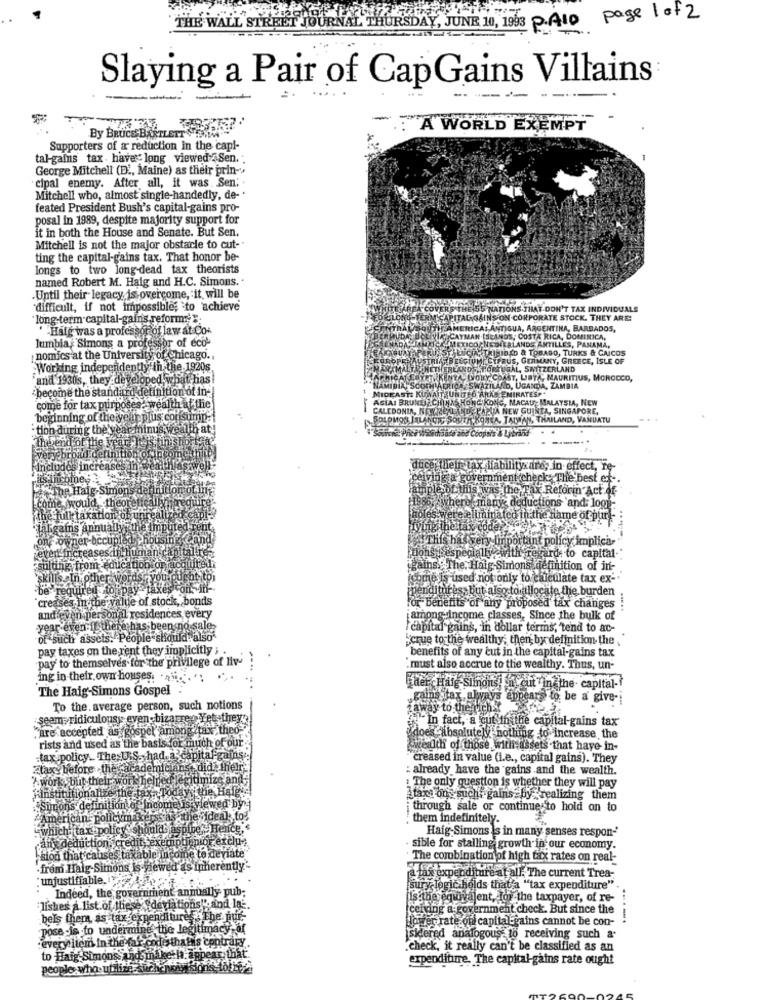
, JUNE 10, 1993 PAID page 1 of 2
THE WALL ST
Slaying a Pair of CapGains Villains
- A WORLD EXEMPT
By BRUCE BARTLETT SHEIM
Supporters of a reduction in the capi-
tal-gains tax . have long viewed Sen.
George Mitchell (D ., Maine) as their prin-"
cipal enemy. After all, it was. Sen; .
Mitchell who, almost single-handedly, de- .
feated President Bush's capital-gains pro-
posal in 1989, despite majority support for
it in both the House and Senate. But Sen.
Mitchell is not the major obstacle to cut-"
ting the capital-gains tax. That honor be-
longs to two long-dead tax theorists
named Robert M. Haig and H.C. Simons. .
.Until their legacy, is overcome, it will be
"difficult, if not impossible; to achieve
"COV
N'T TAX INDIVIDUALS
'long-term-capital-gains.reform;".
CORPORATE STOCK. THEY ARE!
. Haig was a professor of law at Co-
QUAIAMERICALA
ARGENTINA, BARBADOS,
COSTA RICA, DOMINICA,
lumbia : 'Simons a professor of eco-
LANDE ANTILLES, PANAMA,
& TOBAGO, TURKS & CAICOS
nomics at the University of Chicago ..
STRI
GERMANY, GREECE, ISLE OF
:Working independently in the. 1920s
SWITZERLAND
and 1930s, they developed what has!
GORY
COAST, USTA, MAURITIUS, MOROCCO,
:become the standard definition of in-
KUWAIT UNITED ARAB EMIRATESP.
KARD, UGANDA, ZAMBIA
EACHINN HONG KONG, MACAU MALAYSIA, NEW
come for tax purposes- wealth af the
BANDEP
JA NEW GUINTA, SINGAPORE,
beginning of the year plus consump:
-
SLAN
SOUTH KOREA, TAIWAN, THAILAND, VANUATU
tion during the year minus wealth aty
iclude
Pinch
their tax liability are,Ein effect,
za gove
moment checks The best et-
The Haig Simons
they
Reforin Act Of-
come would, theo
theref manys deductions 'and: look-
the full taxation o
ramated in the name of pur -
Aligains annua
mer-bc
Af This has
tant policy implica-
event increase
With
egarde to capital -*
sulting from educa
gains. The. Haig -Simons definition of in-
`skills aIn other
(come is used not only to calculate tax ex-
-be" required
denaît
s. but also tor ullocate the burden
"creases in the value of stock, bonds
benefits of any proposed tax changes
and even personal residences every
among-income classes, Since the bulk of
-year even if there h
eep no sale
capital gains, in dollar terms, "tend to ac-
-of such assets. People should also'
cque to the wealthy; then by definition the .
pay taxes on the rent they implicitly ; .
benefits of any cut in the capital-gains tax
pay' to themselves for the privilege of liv-
.must also accrue to the wealthy. Thus, un-
ing in their own houses. ......
The Haig-Simons Gospel
cut"in the capital-
gains tax always appears to be a give-
To the. average person, such notions
away to the Mehk
seem ridiculousy even -bizarre Yet they
In fact, a cut thithe capital-gains tax
,are accepted as gospel among tax theo
does Absolutely nothing to increase the
rists and used as the basis for much of our
wealth of those withisassets that have in-
-tax policy_ The U.S. had. a capitalgains:
creased in value (i.e ., capital gains). They
tax- before . the academicians, did. their
: already have the gains and the wealth.
'? work, but their work helped legitimize and
Ainstitutionalize the tax,Todays be Halg's
:The only question is whether they will pay
taxa ons such, gains by realizing them
Simons definition of Income is viewed by
through sale or continue to hold on to
"American policymax
pas -the "ideal to!'
them indefinitely.
cy Shouldbespi
chlaspine? Henice,
Haig-Simons is in many senses respon-
"which: tax policy s!
-any deduction, credit Lexen
emption of exclue
sible for stalling growth in our economy.
sion that causes taxable income to deviate
. The combination of high tax rates on real-
·from Haig-Simons Is Viewed as inherently'
a las expenditure at all. The current Trea-
:unjustifiable.
Indeed, the government annually pub;
sury. logic holds that'a "tax expenditure"
ils the equivalent, for the taxpayer, of re-
lishes a list of these "deviations"", and la.
[cching a:government check. But since the
bels them as tax expenditure . The pur-
Hozer rate on capital gains cannot be con-
----.
pose -is to undermine the legitimacy of
sidered analogous- to receiving such a
every item In the far code thatis contrary.
.check, it really can't be classified as an
to Haig Simons, and makethe appear that
expenditure. The capital-gains rate ought
people who- utilize Aber